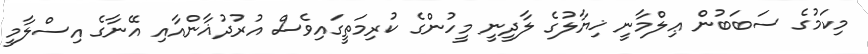
މިކަމުގެ ސަބަބުން ޢިލްމާނީ ޚިޔާލުގެ ލާދީނީ މީހުންގެ ކުރިމަތީގައިވެސް އުރުދުޣާންއާއި އޭނާގެ އިސްލާމީ